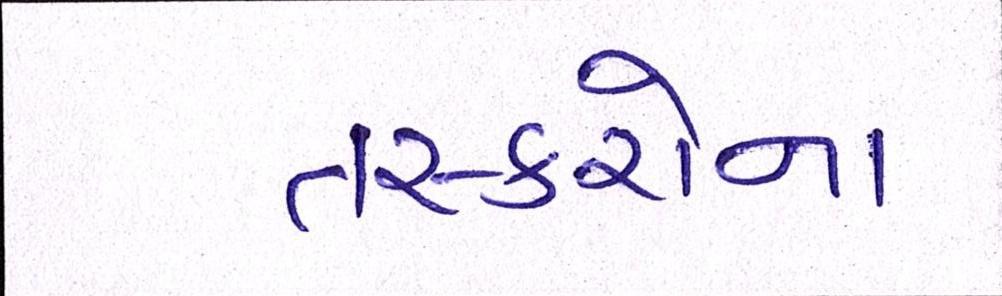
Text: તસ્કરોના